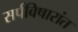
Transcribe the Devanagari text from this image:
सर्पविषारांत